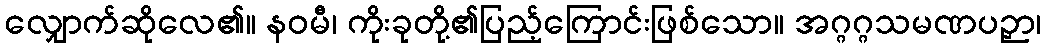
လျှောက်ဆိုလေ၏။ နဝမီ၊ ကိုးခုတို့၏ပြည့်ကြောင်းဖြစ်သော။ အဂ္ဂဂ္ဂသမဏပဉှာ၊